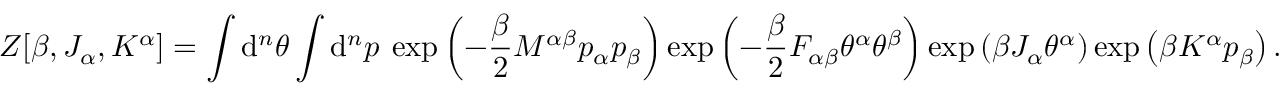
Z [ \beta , J _ { \alpha } , K ^ { \alpha } ] = \int \mathrm { d } ^ { n } \theta \int \mathrm { d } ^ { n } p \: \exp \left( - \frac { \beta } { 2 } M ^ { \alpha \beta } p _ { \alpha } p _ { \beta } \right) \exp \left( - \frac { \beta } { 2 } F _ { \alpha \beta } \theta ^ { \alpha } \theta ^ { \beta } \right) \exp \left( \beta J _ { \alpha } \theta ^ { \alpha } \right) \exp \left( \beta K ^ { \alpha } p _ { \beta } \right) .